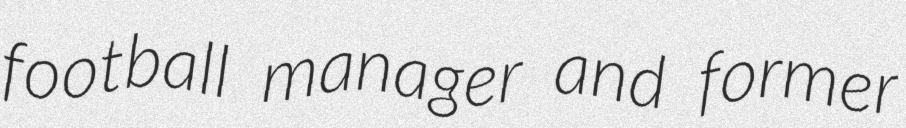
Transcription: football manager and former